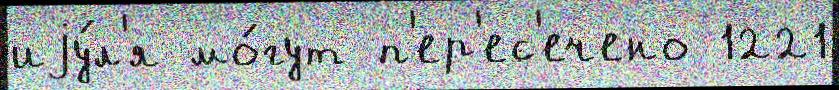
иjу́л'я мо́гут п'ер'ес'ечено 1221